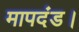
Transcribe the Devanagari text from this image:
मापदंड।